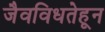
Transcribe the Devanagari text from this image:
जैवविधतेहून